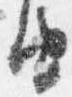
由